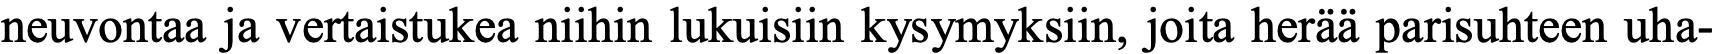
neuvontaa ja vertaistukea niihin lukuisiin kysymyksiin, joita herää parisuhteen uha-